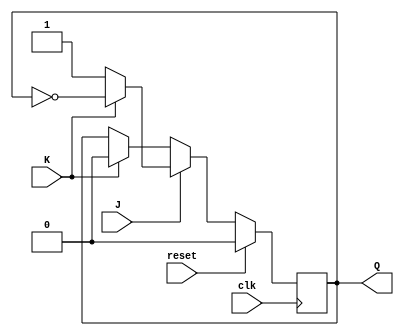
module jkflipflop(Q, J, K, clk, reset);
input J, K, clk, reset;
output reg Q;
always @(posedge clk)
begin
if (reset)
Q=1'b0;
else
begin
    if (J==0)
    begin
        if (K==1'b0)
        Q<=Q;
        if (K==1'b1)
        Q<=1'b0;
    end
    if (J==1)
    begin
        if (K==0)
        Q<=1;
        if (K==1)
        Q<=~Q;
    end
end    
end
endmodule